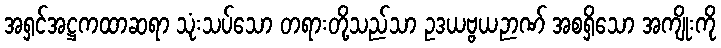
အရှင်အဋ္ဌကထာဆရာ သုံးသပ်သော တရားတို့သည်သာ ဥဒယဗ္ဗယဉာဏ် အစရှိသော အကျိုးကို